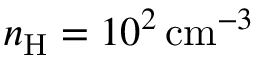
n _ { \mathrm { H } } = 1 0 ^ { 2 } \, \mathrm { c m } ^ { - 3 }